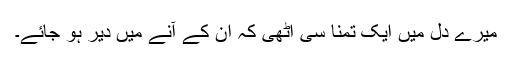
میرے دل میں ایک تمنا سی اٹھی کہ ان کے آنے میں دیر ہو جائے۔